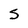
Character: S